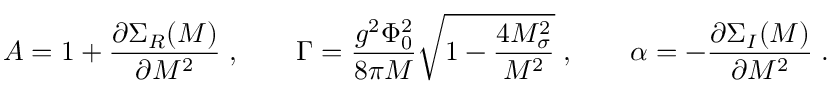
A = 1 + { \frac { \partial \Sigma _ { R } ( M ) } { \partial M ^ { 2 } } } \; , \quad \quad \Gamma = { \frac { g ^ { 2 } \Phi _ { 0 } ^ { 2 } } { 8 \pi M } } \sqrt { 1 - { \frac { 4 M _ { \sigma } ^ { 2 } } { M ^ { 2 } } } } \; , \quad \quad \alpha = - { \frac { \partial \Sigma _ { I } ( M ) } { \partial M ^ { 2 } } } \; . \nonumber